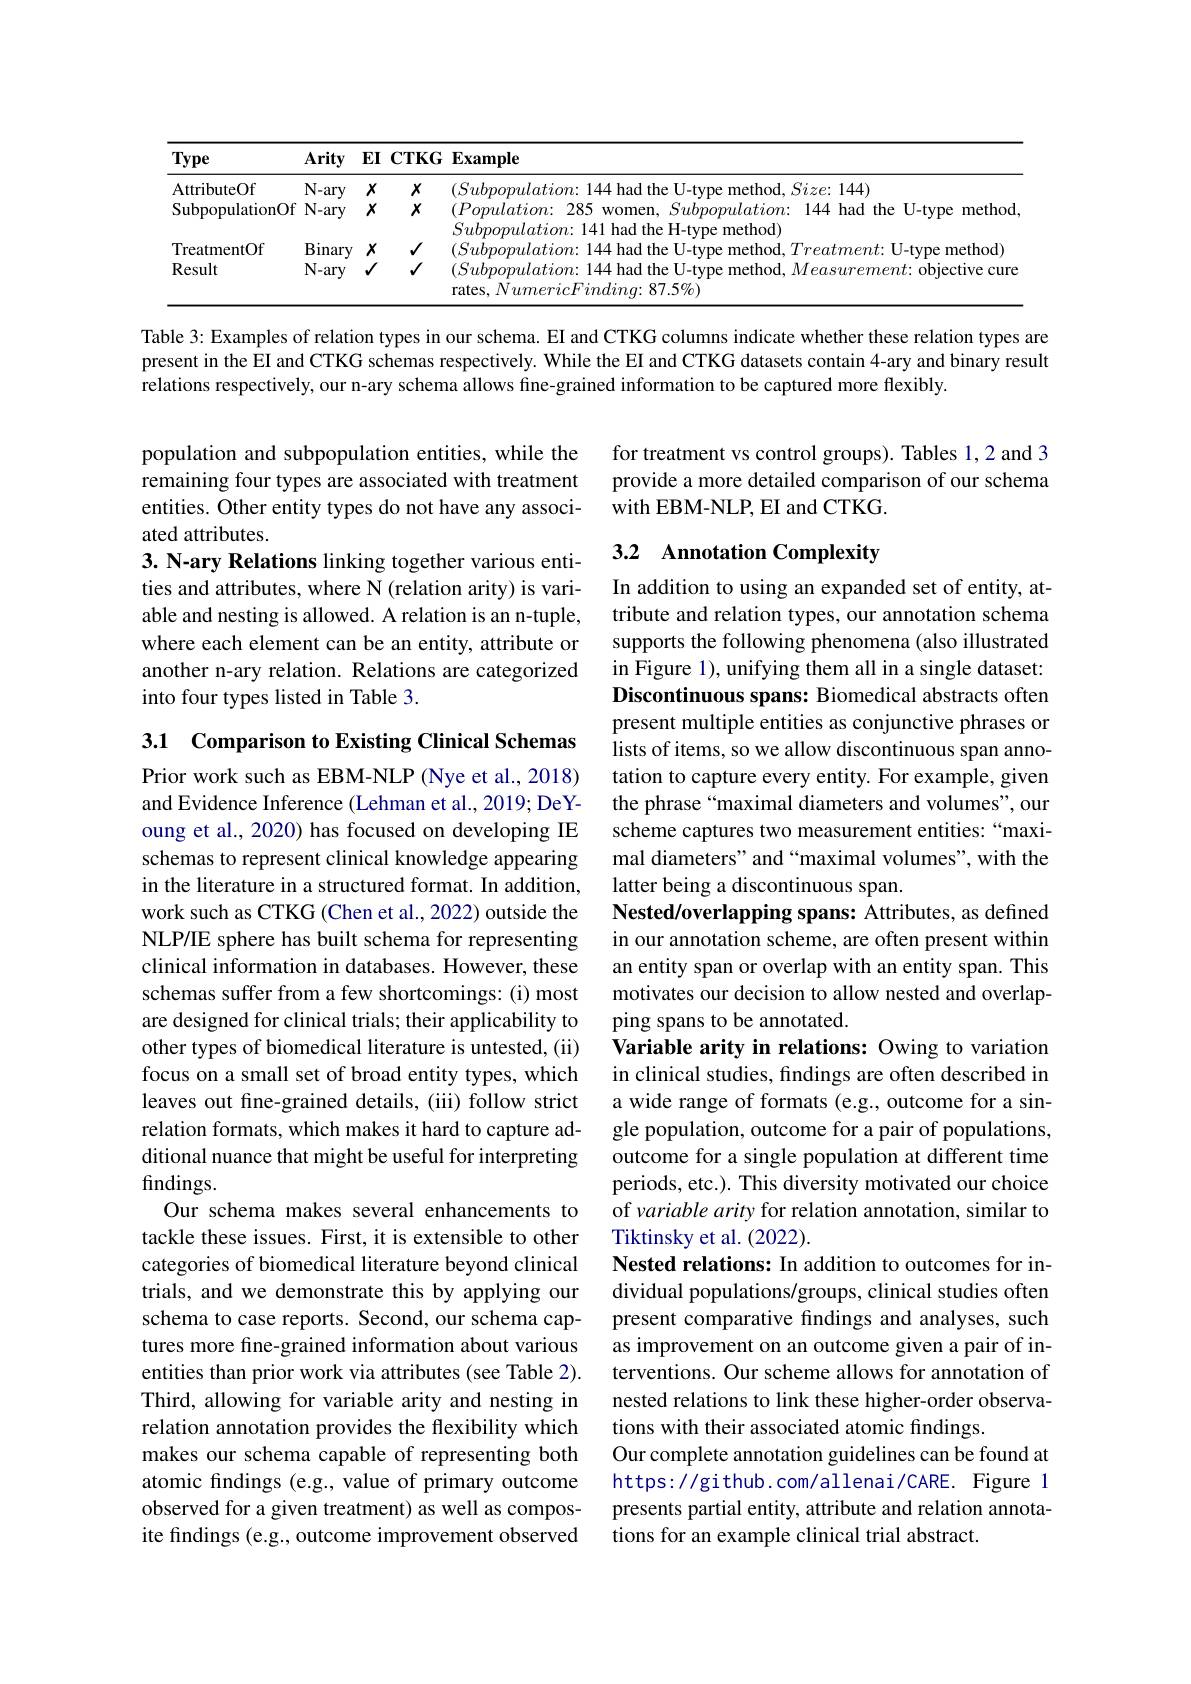
Table 3: Examples of relation types in our schema. EI and CTKG columns indicate whether these relation types are present in the $\hat{\text{EIandCTKGschemasrespectively.WhiletheEIandCTKGdatasetscontain4-aryandbinaryresult}}$ relations respectively, our n-ary schema allows fine-grained information to be captured more flexibly.

for treatment vs control groups). Tables 1,2 and 3 provide a more detailed comparison of our schema with EBM-NLP, EI and CTKG.

# 3.2 Annotation Complexity

population and subpopulation entities, while the remaining four types are associated with treatment entities. Other entity types do not have any associated attributes.
3. N-ary Relations linking together various entities and attributes, where N (relation arity) is variable and nesting is allowed. A relation is an n-tuple, where each element can be an entity, attribute or another n-ary relation. Relations are categorized into four types listed in Table 3.

In addition to using an expanded set of entity, attribute and relation types, our annotation schema supports the following phenomena (also illustrated in Figure 1), unifying them all in a single dataset: Discontinuous spans: Biomedical abstracts often present multiple entities as conjunctive phrases or lists of items, so we allow discontinuous span annotation to capture every entity. For example, given the phrase“maximal diameters and volumes", our scheme captures two measurement entities: “maximal diameters" and “maximal volumes", with the latter being a discontinuous span.
Nested/overlapping spans: Attributes, as defined in our annotation scheme, are often present within an entity span or overlap with an entity span. This motivates our decision to allow nested and overlapping spans to be annotated.
Variable arity in relations: Owing to variation in clinical studies, findings are often described in a wide range of formats (e.g., outcome for a single population, outcome for a pair of populations, outcome for a single population at different time periods, etc.). This diversity motivated our choice of variable arity for relation annotation, similar to Tiktinsky et al. (2022).
Nested relations: In addition to outcomes for individual populations/groups, clinical studies often present comparative findings and analyses, such as improvement on an outcome given a pair of interventions. Our scheme allows for annotation of nested relations to link these higher-order observations with their associated atomic findings.
Our complete annotation guidelines can be found at https: / / gi thub. com/ al lenai/ CARE. Figure 1 presents partial entity, attribute and relation annotations for an example clinical trial abstract.

3.1 Comparison to Existing Clinical Schemas Prior work such as EBM-NLP (Nye et al., 2018) and Evidence Inference (Lehman et al., 2019; DeYoung et al., 2020) has focused on developing IE schemas to represent clinical knowledge appearing in the literature in a structured format. In addition, work such as CTKG (Chen et al., 2022) outside the NLP/IE sphere has built schema for representing clinical information in databases. However, these schemas suffer from a few shortcomings: (i) most are designed for clinical trials; their applicability to other types of biomedical literature is untested, (ii) focus on a small set of broad entity types, which leaves out fine-grained details, (iii) follow strict relation formats, which makes it hard to capture additional nuance that might be useful for interpreting findings.
Our schema makes several enhancements to tackle these issues. First, it is extensible to other categories of biomedical literature beyond clinical trials, and we demonstrate this by applying our schema to case reports. Second, our schema captures more fine-grained information about various entities than prior work via attributes (see Table 2). Third, allowing for variable arity and nesting in relation annotation provides the flexibility which makes our schema capable of representing both atomic findings (e.g., value of primary outcome observed for a given treatment) as well as composite findings (e.g., outcome improvement observed